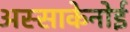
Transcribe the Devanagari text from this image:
अस्साकेनोई